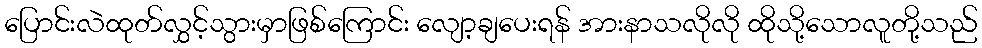
ပြောင်းလဲထုတ်လွှင့်သွားမှာဖြစ်ကြောင်း လျော့ချပေးရန် အားနာသလိုလို ထိုသို့သောလူတို့သည်